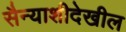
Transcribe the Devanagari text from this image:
सैन्याशीदेखील